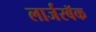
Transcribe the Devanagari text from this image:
लार्जरबॅक